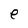
Character: e